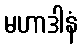
မဟာဒါနံ